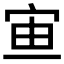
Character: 𡧹